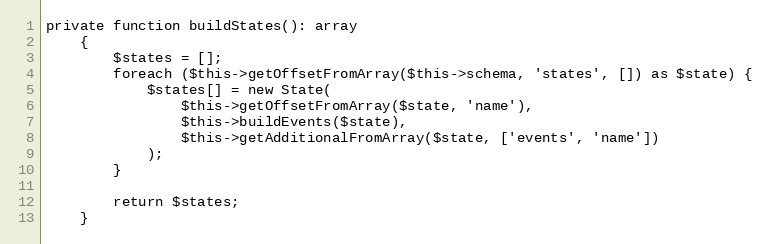
Language: PHP
private function buildStates(): array
    {
        $states = [];
        foreach ($this->getOffsetFromArray($this->schema, 'states', []) as $state) {
            $states[] = new State(
                $this->getOffsetFromArray($state, 'name'),
                $this->buildEvents($state),
                $this->getAdditionalFromArray($state, ['events', 'name'])
            );
        }

        return $states;
    }